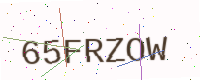
Text: 65FRZOW